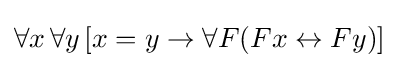
\forall x\,\forall y\,[x=y\rightarrow \forall F(Fx\leftrightarrow Fy)]